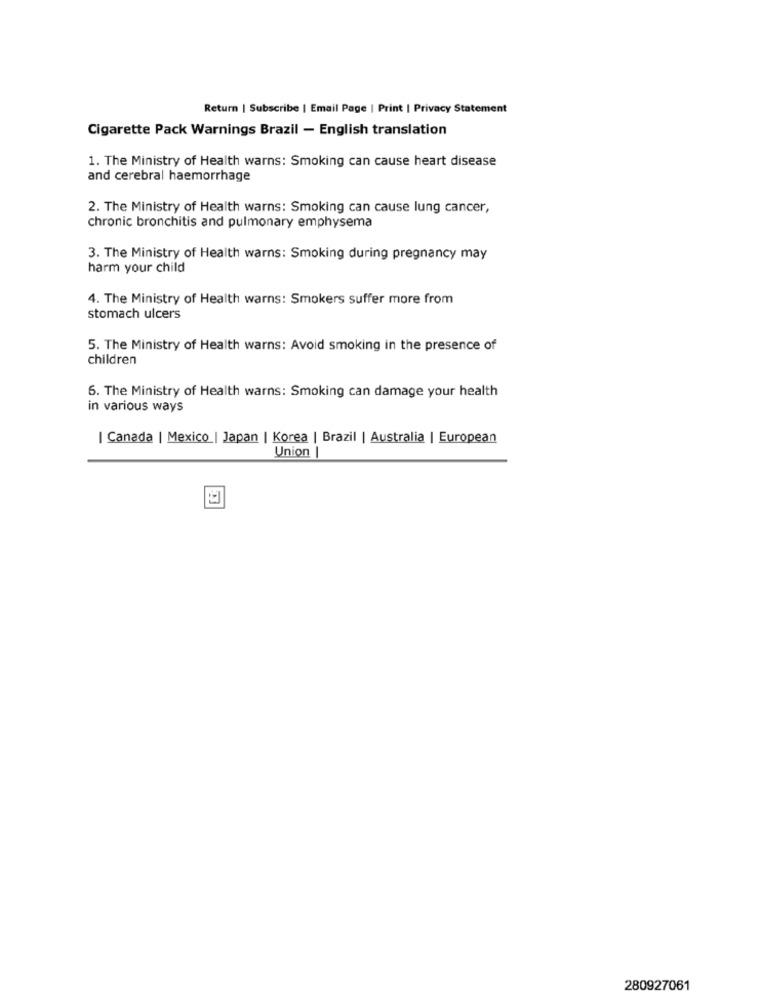
Return | Subscribe | Email Page | Print | Privacy Statement
Cigarette Pack Warnings Brazil - English translation
1. The Ministry of Health warns: Smoking can cause heart disease
and cerebral haemorrhage
2. The Ministry of Health warns: Smoking can cause lung cancer,
chronic bronchitis and pulmonary emphysema
3. The Ministry of Health warns: Smoking during pregnancy may
harm your child
4. The Ministry of Health warns: Smokers suffer more from
stomach ulcers
5. The Ministry of Health warns: Avoid smoking in the presence of
children
6. The Ministry of Health warns: Smoking can damage your health
in various ways
| Canada | Mexico | Japan | Korea | Brazil | Australia | European
Union |
280927061